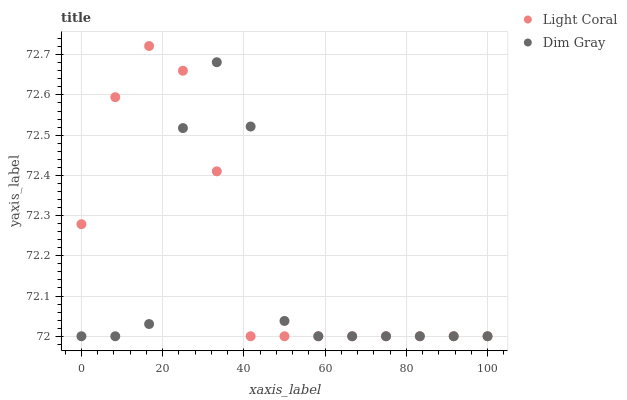
| xaxis_label | Light Coral | Dim Gray |
 | --- | --- | --- |
 | 0 | 72.3 | 72 |
 | 8.33 | 72.6 | 72 |
 | 16.7 | 72.7 | 72 |
 | 25 | 72.7 | 72.5 |
 | 33.3 | 72.4 | 72.7 |
 | 41.7 | 72 | 72.5 |
 | 50 | 72 | 72 |
 | 58.3 | 72 | 72 |
 | 66.7 | 72 | 72 |
 | 75 | 72 | 72 |
 | 83.3 | 72 | 72 |
 | 91.7 | 72 | 72 |
 | 100 | 72 | 72 |